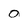
Character: 0